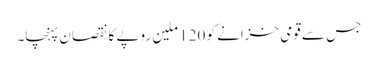
جس سے قومی خزانے کو 120 ملین روپے کا نقصان پہنچا۔